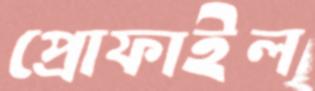
প্রোফাইল